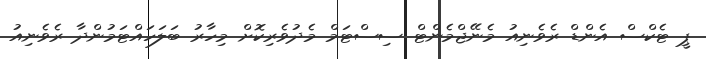
ޕީ ޓެކްސް އެންޑް ރެވެނިއު މެނޭޖްމެންޓް ސިސްޓަމް މެދުވެރިކޮށް މިހާރު ބަލަހައްޓަމުންދާ ރެވެނިއު